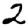
Digit: 2